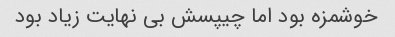
خوشمزه بود اما چیپسش بی نهایت زیاد بود